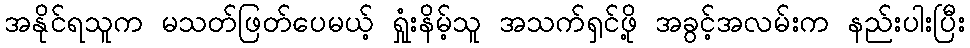
အနိုင်ရသူက မသတ်ဖြတ်ပေမယ့် ရှုံးနိမ့်သူ အသက်ရှင်ဖို့ အခွင့်အလမ်းက နည်းပါးပြီး